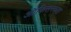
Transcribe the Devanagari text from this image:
ऑफिसरच्या